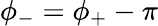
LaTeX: \phi_{-}=\phi_{+}-\pi